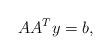
LaTeX: \begin{align*} AA^T y = b,\end{align*}